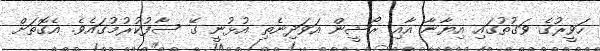
ހަވީރުގެ ވަގުތުގައި އިޔާނާ އާއި ރޯޝީން އަވަދިނެތި އުޅުނީ ގޭ ސާފުކުރުމުގައެވެ. އެގޮތަށް